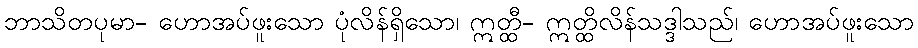
ဘာသိတပုမာ- ဟောအပ်ဖူးသော ပုံလိန်ရှိသော၊ ဣတ္ထီ- ဣတ္ထိလိန်သဒ္ဒါသည်၊ ဟောအပ်ဖူးသော